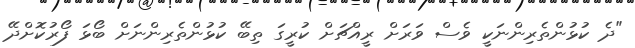
"ދެ ކުޅުންތެރިންނަކީ ވެސް ވަރަށް ރީއްޗަށް ކުރީގަ ތިބޭ ކުޅުންތެރިންނަށް ބޯޅަ ފޯރުކޮށްދޭ